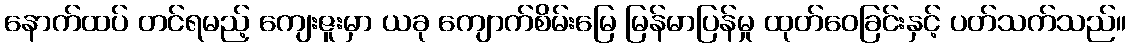
နောက်ထပ် တင်ရမည့် ကျေးဇူးမှာ ယခု ကျောက်စိမ်းမြေ မြန်မာပြန်မှု ထုတ်ဝေခြင်းနှင့် ပတ်သက်သည်။